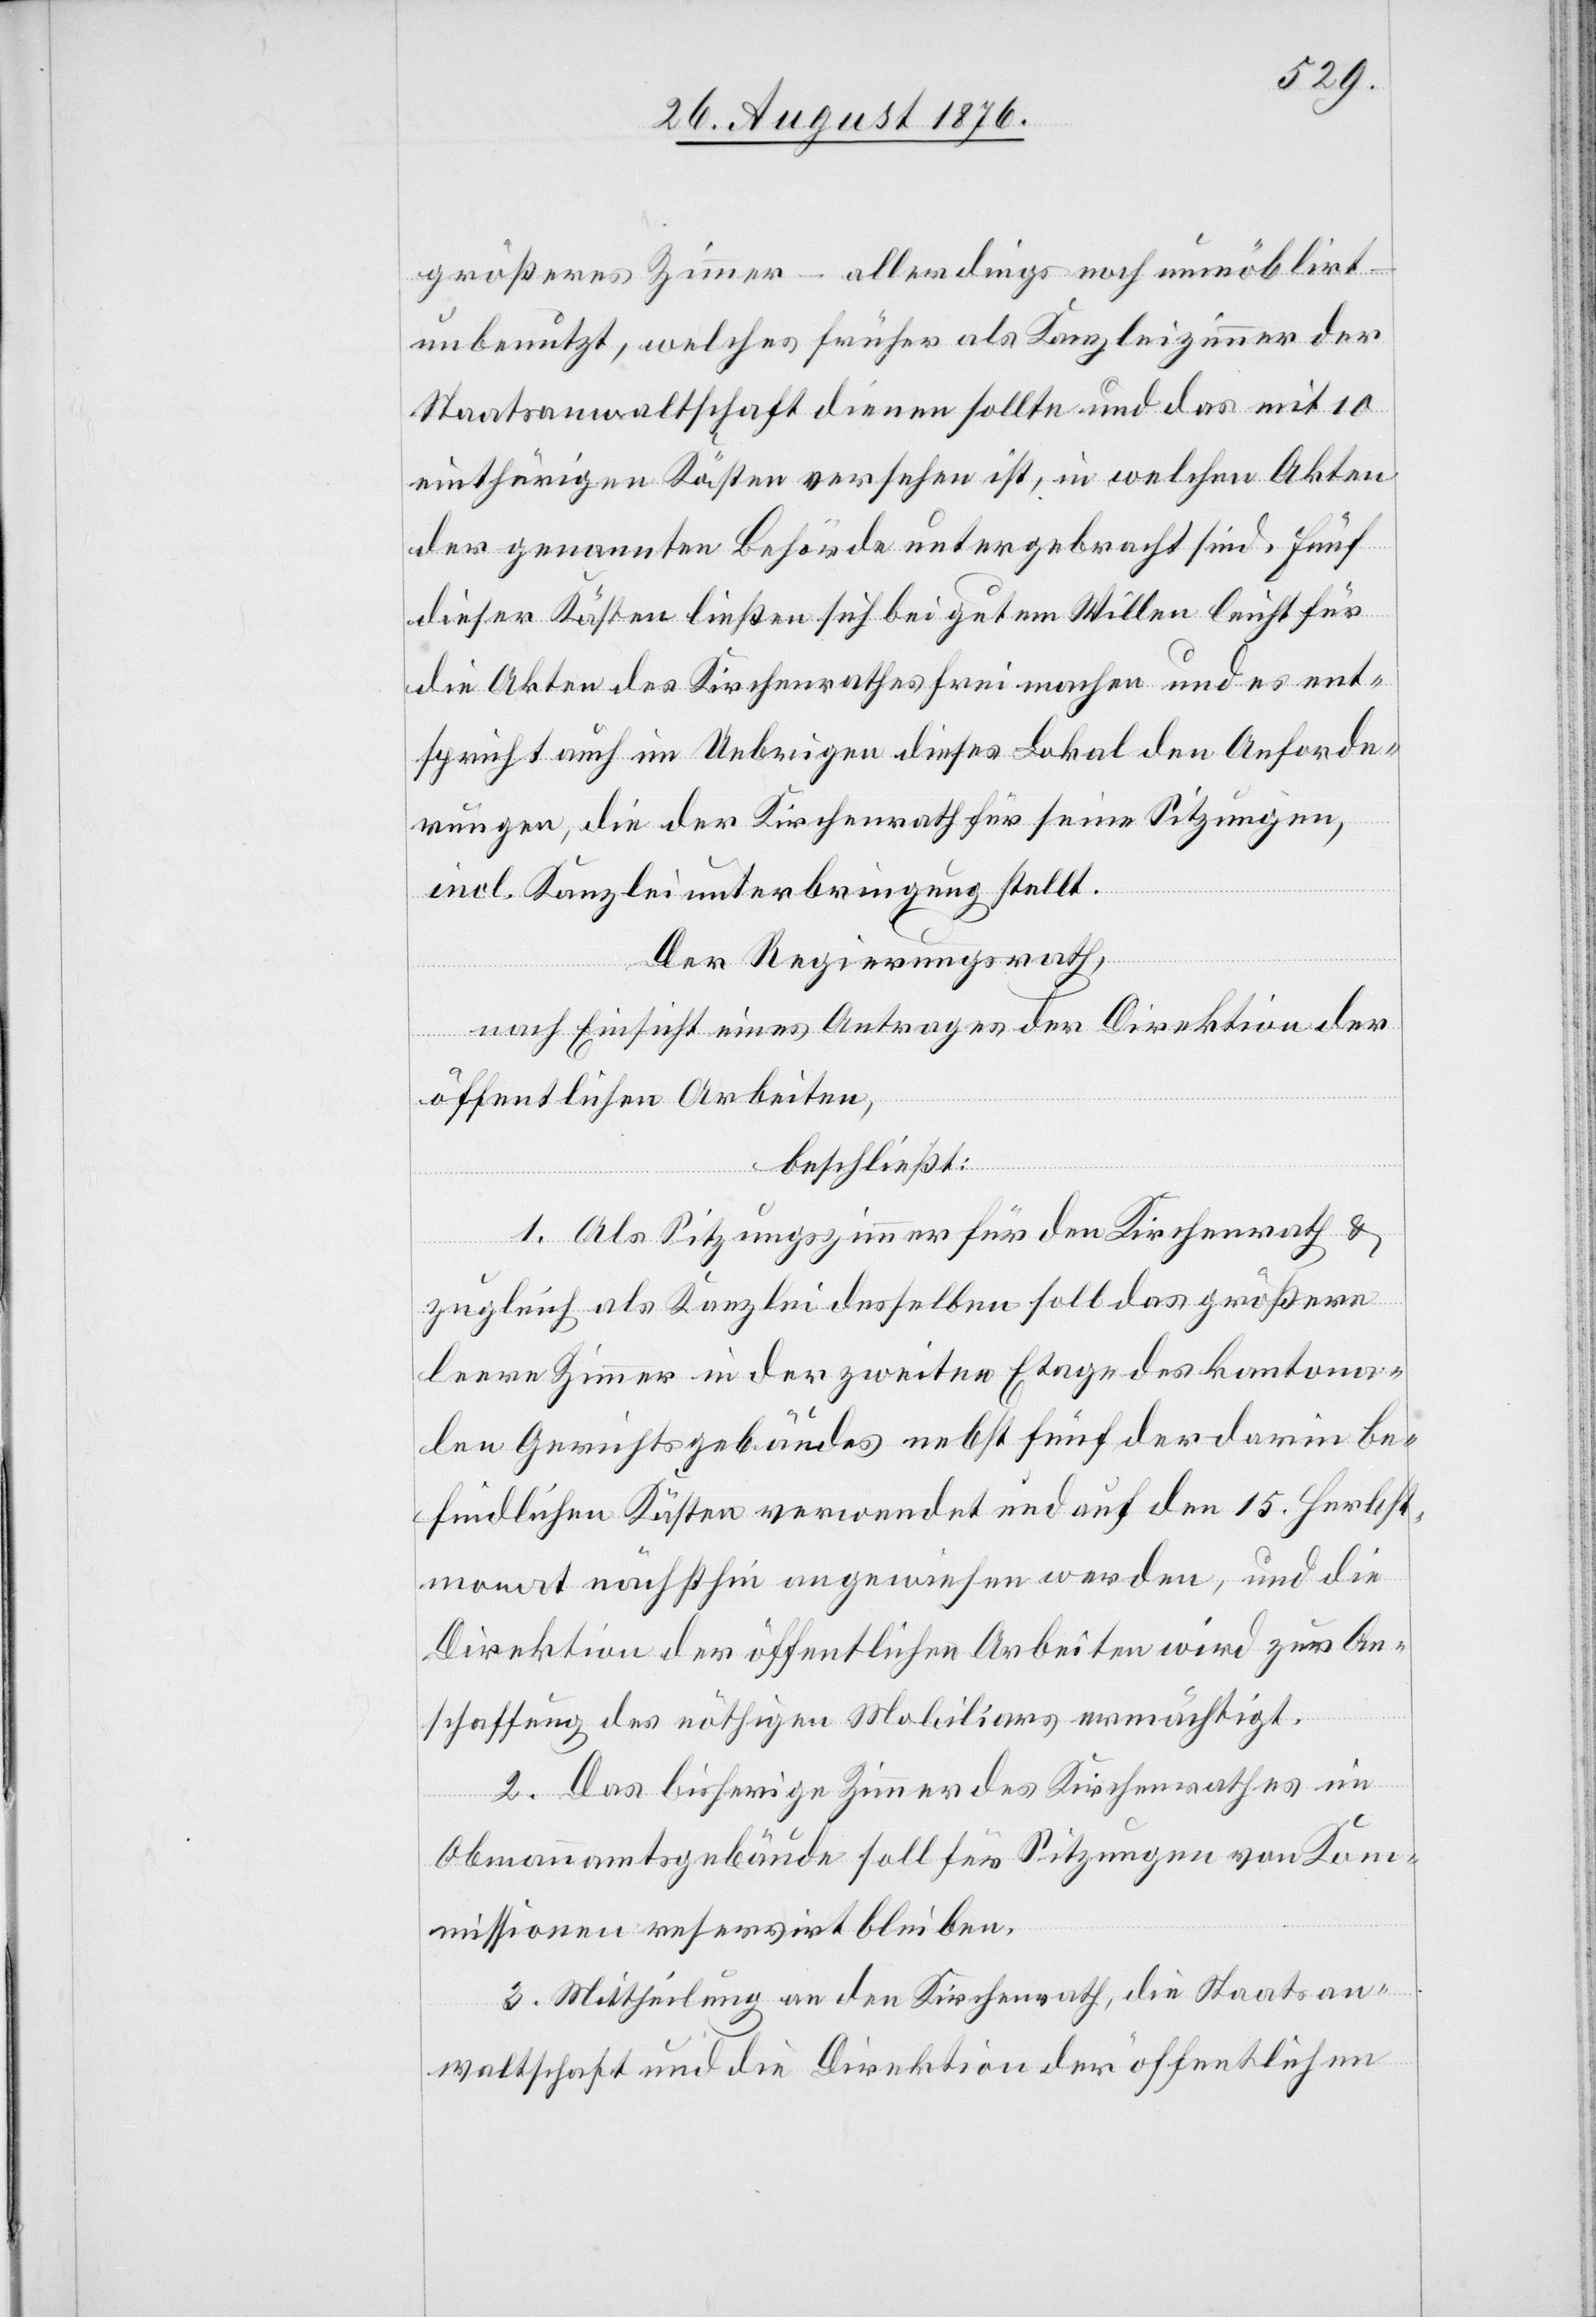
größeres Zimmer – allerdings noch unmöblirt
unbenutzt, welches früher als Kanzleizimmer der
Staatanwaltschaft dienen sollte und das mit 10
einthürigen Kästen versehen ist, in welchen Akten
der genannten Behörde untergebracht sind. Fünf
dieser Kästen ließen sich bei gutem Willen leicht für
die Akten des Kirchenrathes frei machen und es ent¬
spricht auch im Uebrigen dieses Lokal den Anforde¬
rungen, die der Kirchenrath für seine Sitzungen,
incl. Kanzleiunterbringung stellt.
Der Regierungsrath,
nach Einsicht eines Antrages der Direktion der
öffentlichen Arbeiten,
beschließt:
1. Als Sitzungszimmer für den Kirchenrath &
zugleich als Kanzlei desselben soll das größere
leere Zimmer in der zweiten Etage des kantona¬
len Gerichtsgebäudes nebst fünf der darin be¬
findlichen Kästen verwendet und auf den 15. Herbst¬
monat nächsthin angewiesen werden, und die
Direktion der öffentlichen Arbeiten wird zur An¬
schaffung des nöthigen Mobiliars ermächtigt.
2. Das Bisherige Zimmer des Kirchenrathes im
Obmannamtsgebäude soll für Sitzungen von Kom¬
missionen reservirt bleiben.
3. Mittheilung an den Kirchenrath, die Staatsan¬
waltschaft und die Direktion der öffentlichen